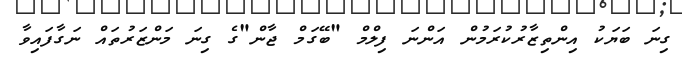
ގިނަ ބަޔަކު އިންތިޒާރުކުރަމުން އަންނަ ފިލްމް "ބޭގަމް ޖާން"ގެ ގިނަ މަންޒަރުތައް ނަގާފައިވާ